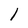
Character: 1